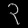
Digit: ၃